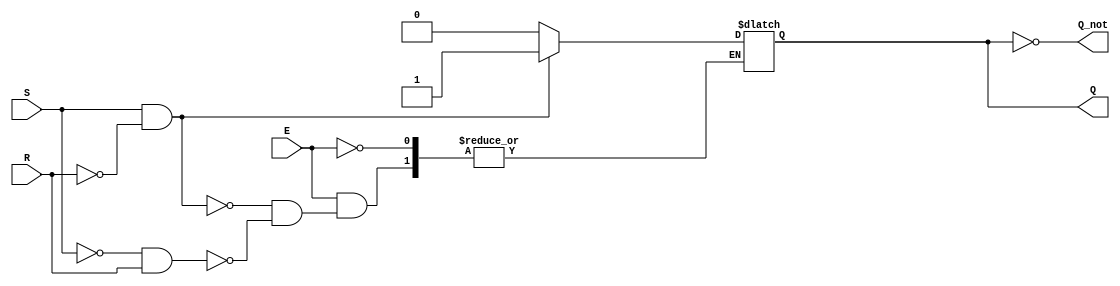
module gated_sr_latch (
    input wire S,      // Set input
    input wire R,      // Reset input
    input wire E,      // Enable input
    output reg Q,      // Output Q
    output wire Q_not   // Output Q Not
);

// Complement of Q
assign Q_not = ~Q;

// Always block to describe the latch behavior
always @ (E or S or R) begin
    if (E) begin
        if (S && !R) begin
            Q <= 1'b1;  // Set Q to 1
        end else if (!S && R) begin
            Q <= 1'b0;  // Reset Q to 0
        end
        // If both S and R are low, Q retains its previous state
        // If both S and R are high, this condition is invalid
    end
end

endmodule